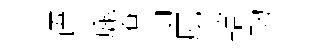
语旄潦泖厖轄劫